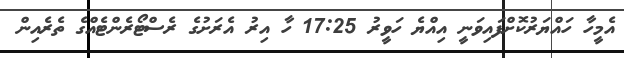
އެމީހާ ހައްޔަރުކޮށްފައިވަނީ އިއްޔެ ހަވީރު 17:25 ހާ އިރު އެރަށުގެ ރެސްޓޯރެންޓެއްގެ ތެރެއިން